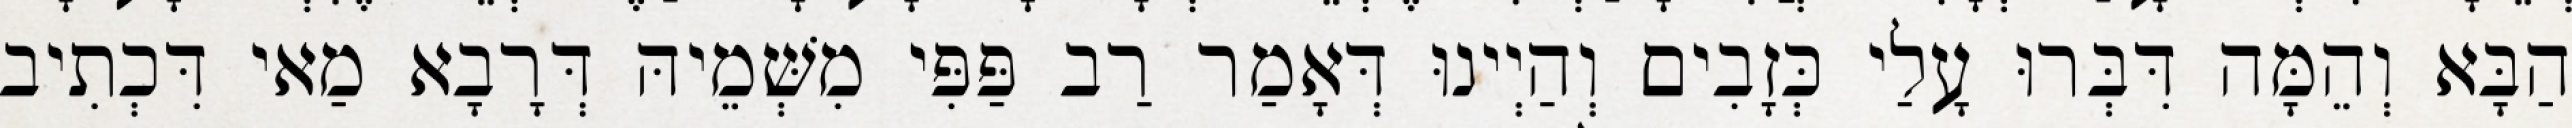
הַבָּא וְהֵמָּה דִּבְּרוּ עָלַי כְּזָבִים וְהַיְינוּ דְּאָמַר רַב פַּפִּי מִשְּׁמֵיהּ דְּרָבָא מַאי דִּכְתִיב